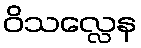
ဝိသလ္လေန